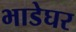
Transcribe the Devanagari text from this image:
भाडेघर